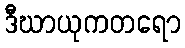
ဒီဃာယုကတရော